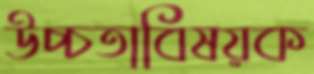
উচ্চতাবিষয়ক